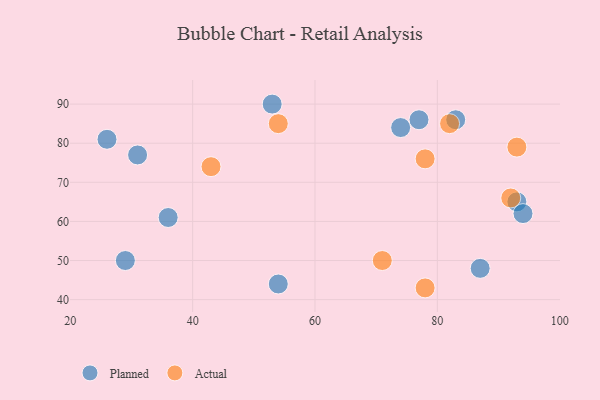
{"axis": {"x": "GDP", "y": "Life Expectancy"}, "legend": ["Actual", "Planned"], "data": [{"x": "87", "y": 48, "type": "Planned"}, {"x": "74", "y": 84, "type": "Planned"}, {"x": "36", "y": 61, "type": "Planned"}, {"x": "93", "y": 65, "type": "Planned"}, {"x": "26", "y": 81, "type": "Planned"}, {"x": "54", "y": 44, "type": "Planned"}, {"x": "77", "y": 86, "type": "Planned"}, {"x": "29", "y": 50, "type": "Planned"}, {"x": "94", "y": 62, "type": "Planned"}, {"x": "83", "y": 86, "type": "Planned"}, {"x": "53", "y": 90, "type": "Planned"}, {"x": "31", "y": 77, "type": "Planned"}, {"x": "78", "y": 76, "type": "Actual"}, {"x": "93", "y": 79, "type": "Actual"}, {"x": "71", "y": 50, "type": "Actual"}, {"x": "43", "y": 74, "type": "Actual"}, {"x": "54", "y": 85, "type": "Actual"}, {"x": "82", "y": 85, "type": "Actual"}, {"x": "78", "y": 43, "type": "Actual"}, {"x": "92", "y": 66, "type": "Actual"}]}